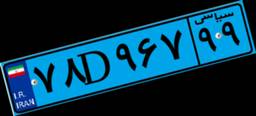
۱۱D۷۰۷۴۱